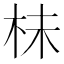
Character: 㭑